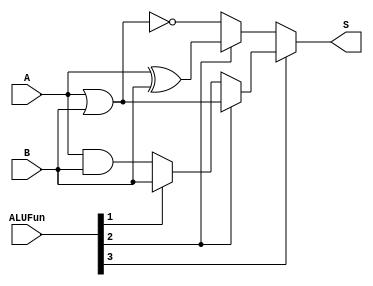
module Logic(A, B, ALUFun, S);
	input [31:0]A, B;
	input [5:0]ALUFun;
	output [31:0]S;
	wire [31:0]aandb, aorb, axorb, anorb;
	assign aandb=A&B;
	assign aorb=A|B;
	assign axorb=A^B;
	assign anorb=~(A|B);
	assign S=ALUFun[3]? (ALUFun[2]? aorb:(ALUFun[1]? B:aandb)):(ALUFun[2]? axorb:anorb);
endmodule